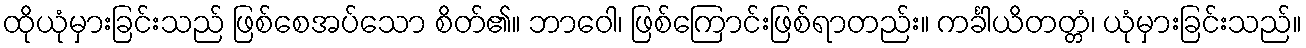
ထိုယုံမှားခြင်းသည် ဖြစ်စေအပ်သော စိတ်၏။ ဘာဝေါ၊ ဖြစ်ကြောင်းဖြစ်ရာတည်း။ ကင်္ခါယိတတ္တံ၊ ယုံမှားခြင်းသည်။